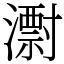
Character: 㵱